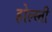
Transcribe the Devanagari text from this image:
होल्स्ती